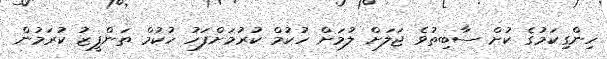
ހިންގިކަމުގެ ކުށް ސާބިތުވެ ޖަލަށް ލުމަށް ހުކުމް ކުރުމަށްފަހު ހުކުމް ތަންފީޒު ކުރަމުން